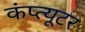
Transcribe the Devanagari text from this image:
कंप्त्यूटर